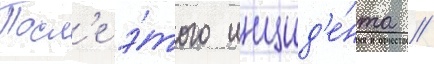
Посл'е э́того инцид'е́нта /